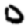
Digit: 0